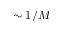
\sim 1 / M